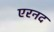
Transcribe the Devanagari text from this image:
एरनद